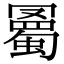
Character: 𧐰